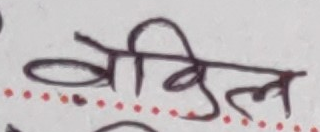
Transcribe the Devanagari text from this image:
बैविल